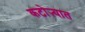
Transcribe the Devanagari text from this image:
कटोऱ्यात